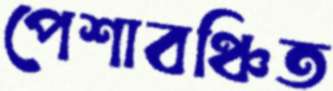
পেশাবঞ্চিত